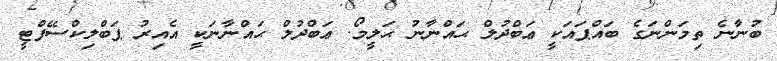
ބުނާނެ ތިމަންނަގެ ބައްޕައަކީ ޢަބްދުލް ޙައްނާނު ޙަލީމޯ. ޢަބްދުލް ޙައްނާނަކީ އެއިރު ޕަބްލިކްސޭފްޓީ